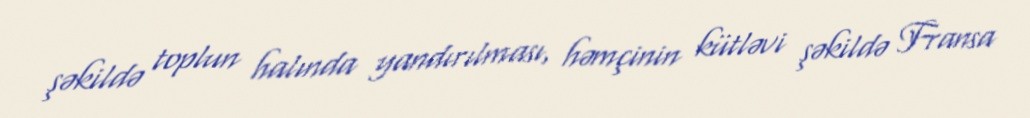
şəkildə toplun halında yandırılması, həmçinin kütləvi şəkildə Fransa